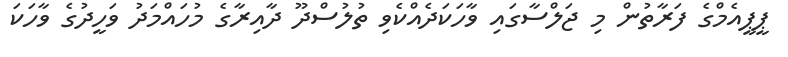
ޕީޕީއެމްގެ ފަރާތުން މި ޖަލްސާގައި ވާހަކަދެއްކެވި ތުލުސްދޫ ދާއިރާގެ މުހައްމަދު ވަހީދުގެ ވާހަކަ